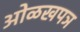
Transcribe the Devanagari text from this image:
ओळखपञ